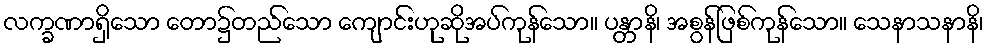
လက္ခဏာရှိသော တော၌တည်သော ကျောင်းဟုဆိုအပ်ကုန်သော။ ပန္တာနိ၊ အစွန်ဖြစ်ကုန်သော။ သေနာသနာနိ၊